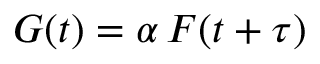
G ( t ) = \alpha \, F ( t + \tau )